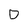
Character: D